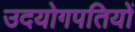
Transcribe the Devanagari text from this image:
उदयोगपतियों